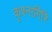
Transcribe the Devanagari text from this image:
कृश्नागिरि